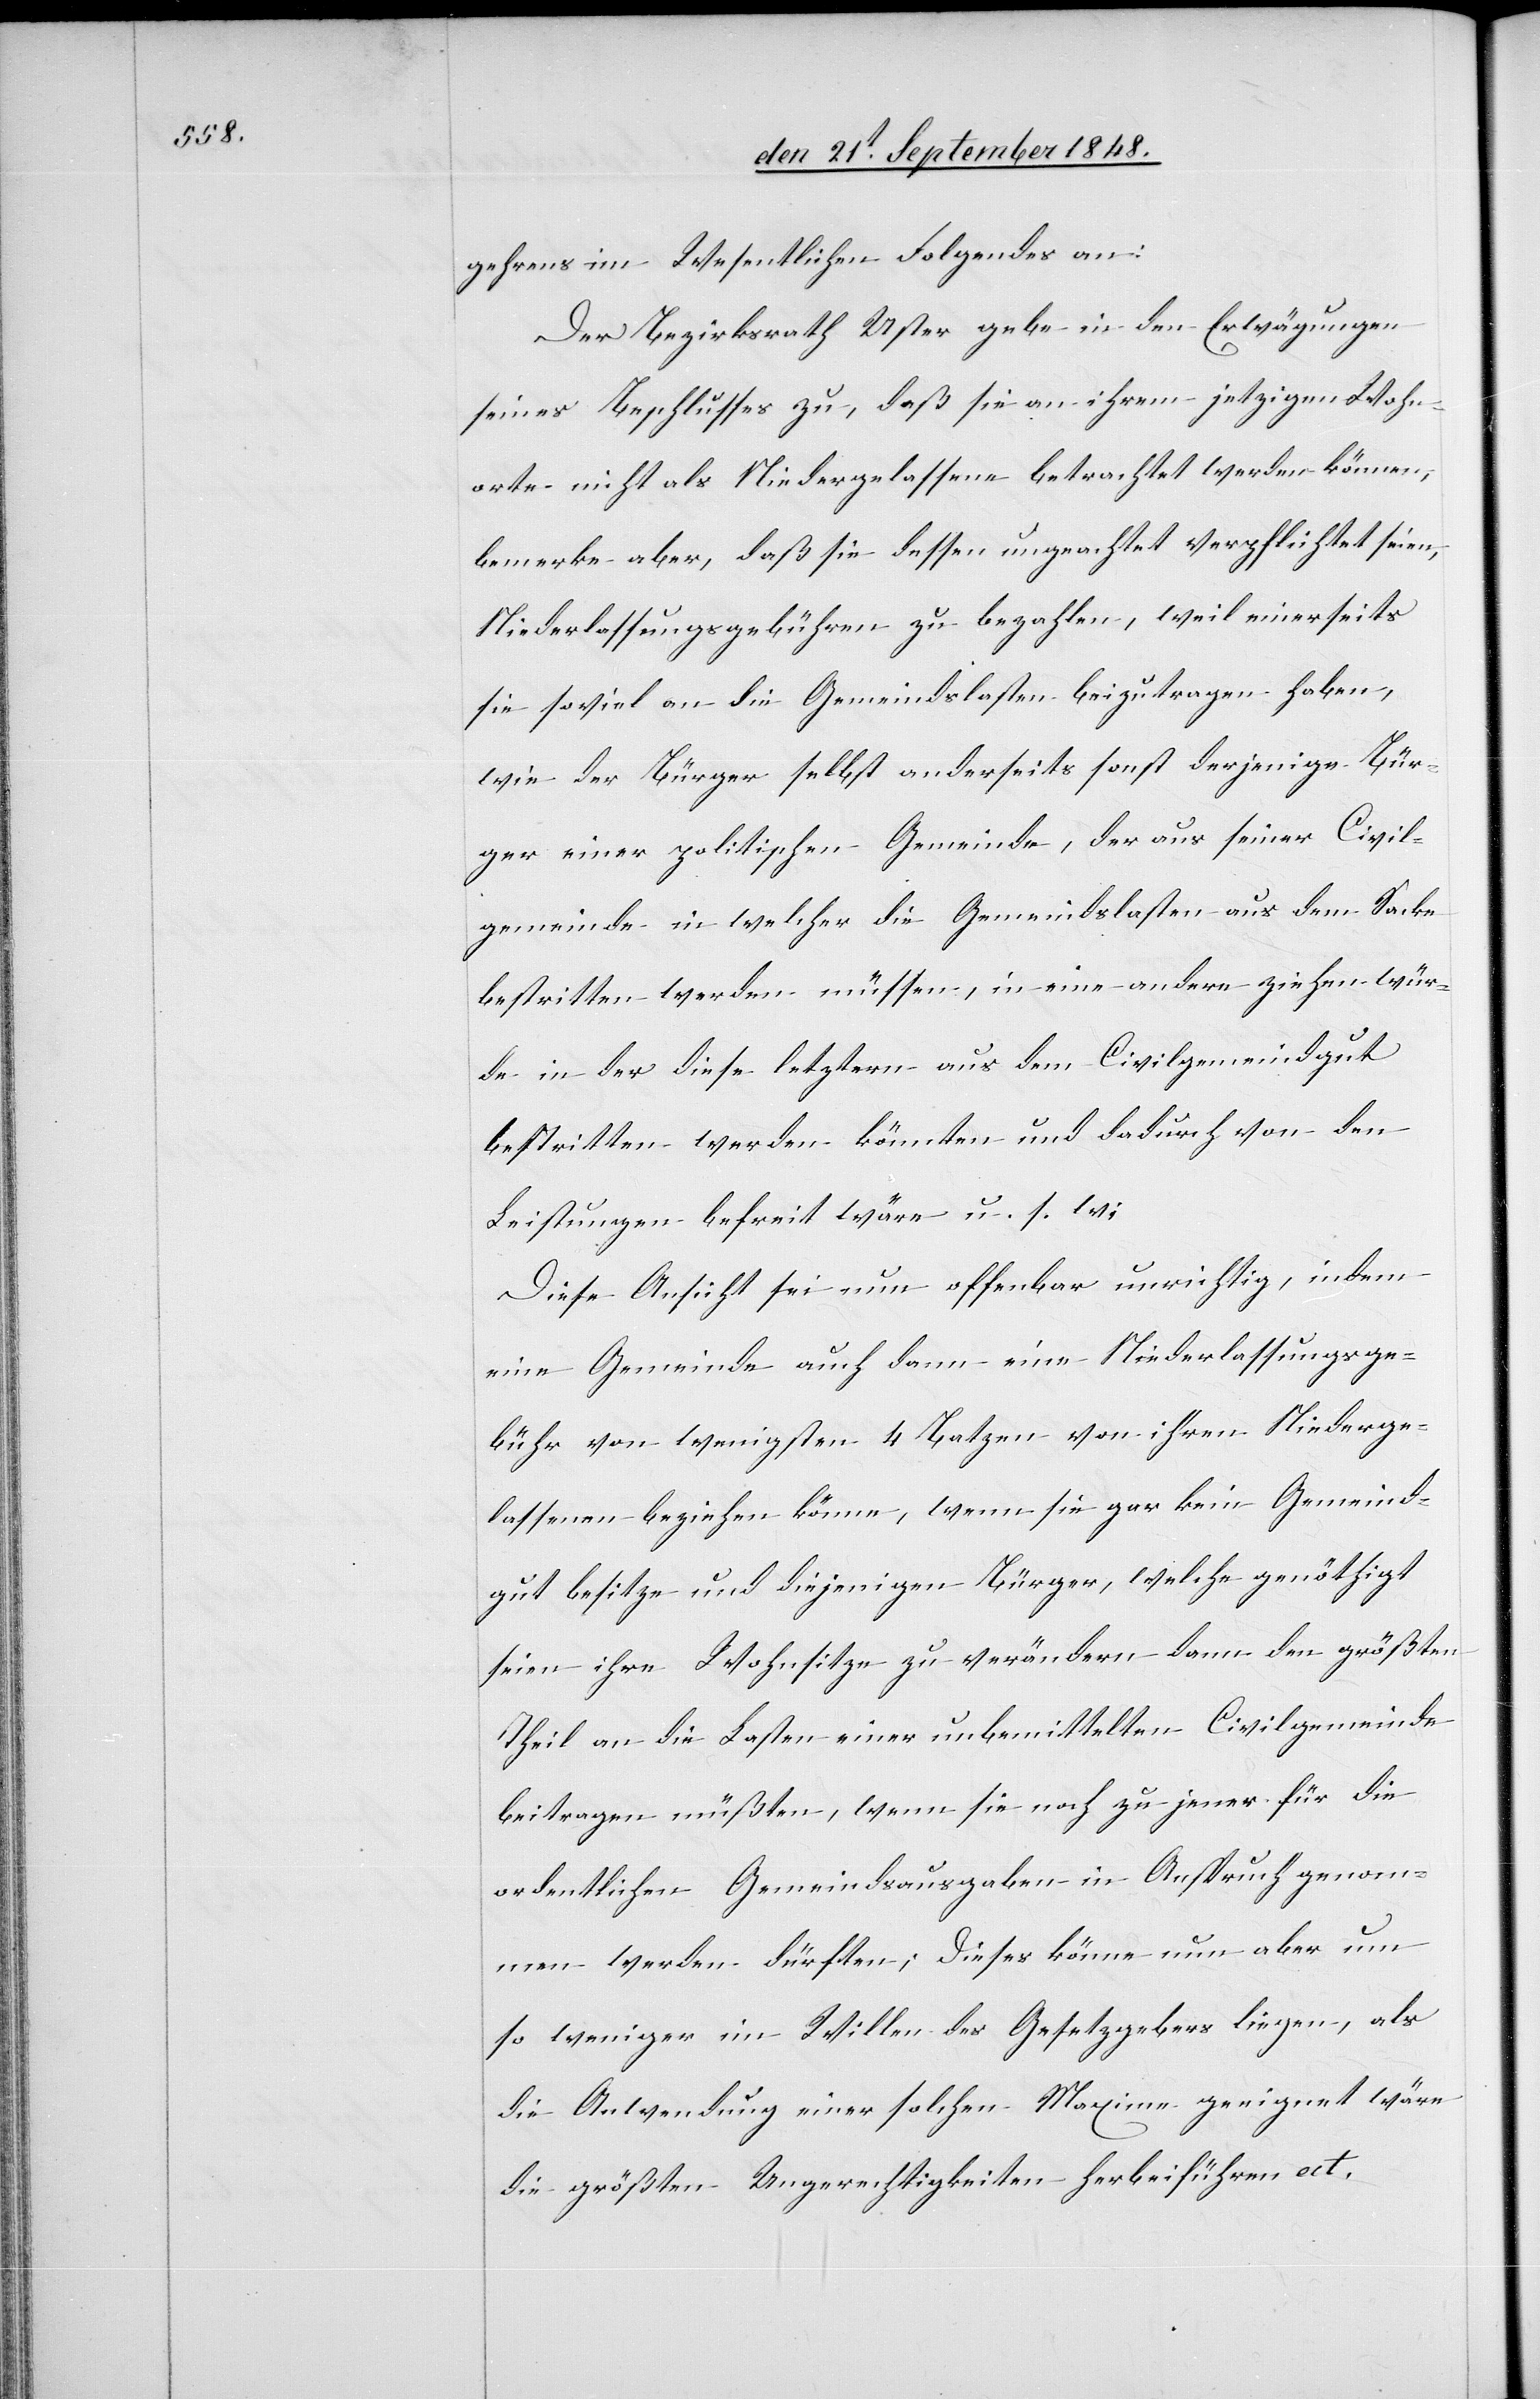
gehrens im Wesentlichen Folgendes an:
Der Bezirksrath Uster gebe in den Erwägungen
seines Beschlusse zu, daß sie an ihrem jetzigen Wohn¬
orte nicht als Niedergelassene betrachtet werden können,
bemerke aber, daß sie dessen ungeachtet verpflichtet seien,
Niederlassungsgebühren zu bezahlen, weil einerseits
sie soviel an die Gemeindslasten beizutragen haben,
wie der Bürger selbst anderseits sonst derjenige Bür¬
ger einer politischen Gemeinde, der aus seiner Civil¬
gemeinde in welcher die Gemeindslasten aus dem Sacke
bestritten werden müssen, in eine andere ziehen wür¬
de in der diese letztern aus dem Civilgemeindgut
bestritten werden könnten und dadurch von den
Leistungen befreit wäre u. s. f.
Diese Ansicht sei nun offenbar unrichtig, indem
eine Gemeinde auch dann eine Niederlassungsge¬
bühr von wenigstens 4. Batzen von ihren Niederge¬
lassenen beziehen könne, wenn sie gar kein Gemeind¬
gut besitze und diejenigen Bürger, welche genöghtigt
seien ihre Wohnsitze zu verändern dann den größten
Theil an die Lasten einer unbemittelten Civilgemeinde
beitragen müßten, wenn sie noch zu jener für die
ordentlichen Gemeindsausgaben in Anspruch genom¬
men werden dürften; dieses könne nun aber um
so weniger im Willen des Gesetzgebers liegen, als
die Anwendung einer solchen Maxime geeignet wäre
die größten Ungerechtigkeiten herbeiführen etc.